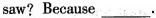
saw? Because___.